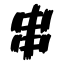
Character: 串